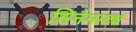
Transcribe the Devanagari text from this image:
सिनेनाट्य